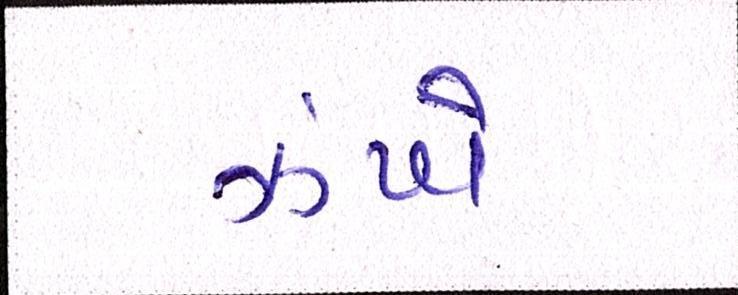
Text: ઝંખે